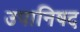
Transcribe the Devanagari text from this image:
उपानिषद